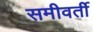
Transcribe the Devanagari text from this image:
समीवर्ती